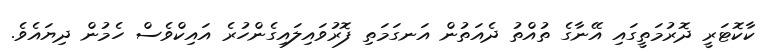
ކާކޮޓަރީ ދޮރުމަތީގައި އޭނާގެ ތުއްތު ދެއަތުން އަނގަމަތި ފޮރުވައިލައިގެންހުރެ އައިކްވެސް ހެމުން ދިޔައެވެ.